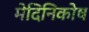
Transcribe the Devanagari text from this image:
मेदिनिकोष